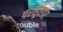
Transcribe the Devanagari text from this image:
परसुएडर